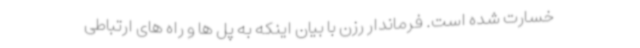
خسارت شده است. فرماندار رزن با بیان اینکه به پل ها و راه های ارتباطی